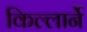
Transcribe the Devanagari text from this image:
किल्लार्ने